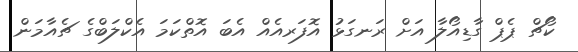
ކޯޗް ޕެޕް ގާޑިއޯލާ އަށް ރަނގަޅު އޮފަރއެއް އެބަ އޮތްކަމަ އެކްލަބްގެ ޗެއާމަން